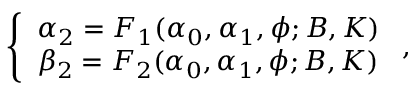
\left\{ \begin{array} { l l } { { \alpha _ { 2 } = F _ { 1 } ( \alpha _ { 0 } , \alpha _ { 1 } , \phi ; B , K ) } } \\ { { \beta _ { 2 } = F _ { 2 } ( \alpha _ { 0 } , \alpha _ { 1 } , \phi ; B , K ) } } \end{array} \right. ,